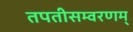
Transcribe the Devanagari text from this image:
तपतीसम्वरणम्